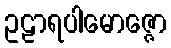
ဥဠာရပါမောဇ္ဇော